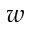
w